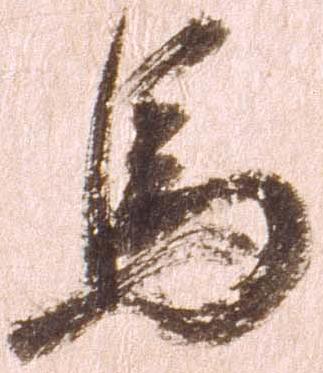
馬